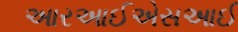
આરઆઈએસઆઈ